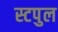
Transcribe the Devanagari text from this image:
स्टपुल